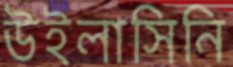
উইলাসিনি